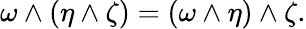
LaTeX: \omega\wedge(\eta\wedge\zeta)=(\omega\wedge\eta)\wedge\zeta.